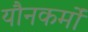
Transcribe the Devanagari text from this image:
यौनकर्मों